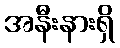
အနီးနားရှိ